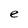
Character: e